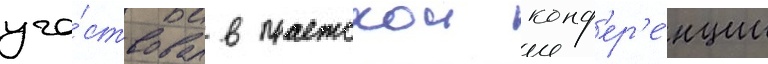
уча́ствовал в пражскои конф'ер'е́нции